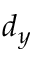
d _ { y }